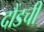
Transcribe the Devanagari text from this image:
दौंडची